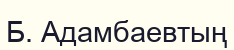
Б. Адамбаевтың